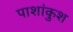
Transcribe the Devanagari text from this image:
पाशांकुश